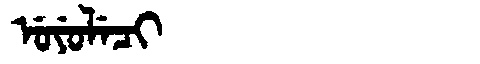
Manchu: ᡠᠶᡠᠯᡝᠴᡳ
Romanization: UYULECI